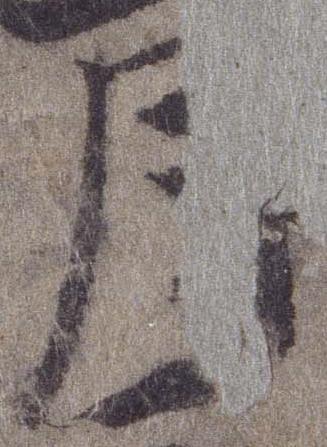
月